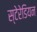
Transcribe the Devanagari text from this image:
स्‍टेरेडियन